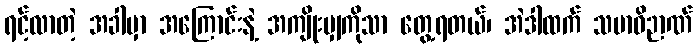
ရင့်လာတဲ့ အခါမှာ အကြောင်းနဲ့ အကျိုးမျှကိုသာ တွေ့ရတယ်၊ အဲဒါထက် သမာဓိဉာဏ်